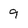
Character: 9